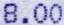
8.00